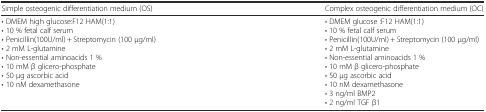
<table><thead><tr><td><b>Simple osteogenic differentiation medium (OS)</b></td><td><b>Complex osteogenic differentiation medium (OC)</b></td></tr></thead><tbody><tr><td>• DMEM high glucose:F12 HAM(1:1)• 10 % fetal calf serum• Penicillin(100U/ml) + Streptomycin (100 μg/ml)• 2 mM L-glutamine• Non-essential aminoacids 1 %• 10 mM β glicero-phosphate• 50 μg ascorbic acid• 10 nM dexamethasone</td><td>• DMEM glucose :F12 HAM(1:1)• 10 % fetal calf serum• Penicillin(100U/ml) + Streptomycin (100 μg/ml)• 2 mM L-glutamine• Non-essential aminoacids 1 %• 10 mM β glicero-phosphate• 50 μg ascorbic acid• 10 nM dexamethasone• 3 ng/ml BMP2• 2 ng/ml TGF β1</td></tr></tbody></table>